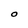
Character: O